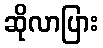
ဆိုလာပြား